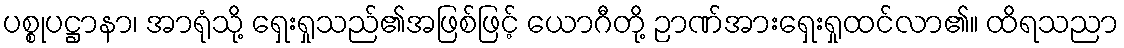
ပစ္စုပဋ္ဌာနာ၊ အာရုံသို့ ရှေးရှုသည်၏အဖြစ်ဖြင့် ယောဂီတို့ ဉာဏ်အားရှေးရှုထင်လာ၏။ ထိရသညာ